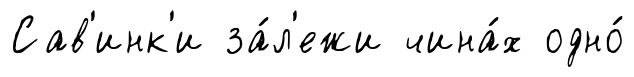
Сав'инк'и за́л'ежи чина́х одно́